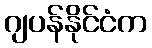
ဂျပန်နိုင်ငံက